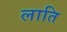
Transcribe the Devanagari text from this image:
लाति